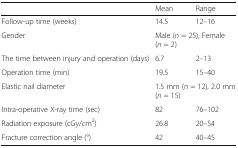
|  | Mean | Range |
 | --- | --- | --- |
 | Follow-up time (weeks) | 14.5 | 12–16 |
 | Gender | <COLSPAN=2> Male (n = 25), Female (n = 2) |
 | The time between injury and operation (days) | 6.7 | 2–13 |
 | Operation time (min) | 19.5 | 15–40 |
 | Elastic nail diameter | <COLSPAN=2> 1.5 mm (n = 12), 2.0 mm (n = 15) |
 | Intra-operative X-ray time (sec) | 82 | 76–102 |
 | Radiation exposure (cGy/cm2) | 26.8 | 20–54 |
 | Fracture correction angle (°) | 42 | 40–45 |